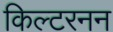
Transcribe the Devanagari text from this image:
किल्टरनन